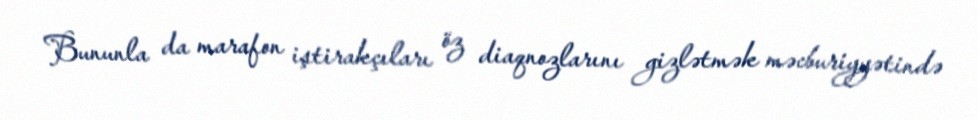
Bununla da marafon iştirakçıları öz diaqnozlarını gizlətmək məcburiyyətində